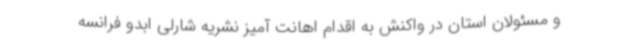
و مسئولان استان در واکنش به اقدام اهانت آمیز نشریه شارلی ابدو فرانسه